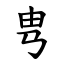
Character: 㽕